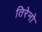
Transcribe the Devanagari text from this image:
तिरेनो